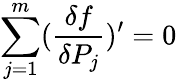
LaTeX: \sum_{j=1}^{m}(\frac{\delta f}{\delta P_{j}})^{\prime}=0